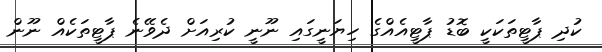
ކުދި ޕާޓީތަކަކީ ބޮޑު ޕާޓީއެއްގެ ހިޔަނީގައި ނޫނީ ކުރިއަށް ދެވޭނެ ޕާޓީތަކެއް ނޫން